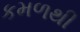
કમળથી